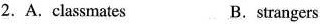
2. A. Classmates B.strangers